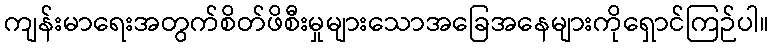
ကျန်းမာရေးအတွက်စိတ်ဖိစီးမှုများသောအခြေအနေများကိုရှောင်ကြဉ်ပါ။